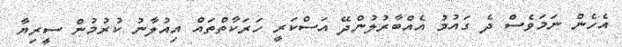
އެހެން ނަމަވެސް ދެ ގައުމު އެއްބާރުލުންދޭ އަސްކަރީ ހަރަކާތްތައް އިއުލާނު ކުރުމުން ސީރިޔާ